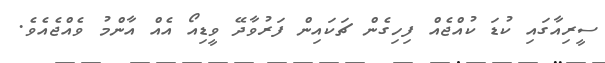
ސީރިއާގައި ކުޑަ ކުއްޖެއް ފިހިގެން ޗަކައިން ފަރުވާދޭ ވީޑިއޯ އެއް އާންމު ވެއްޖެއެވެ.